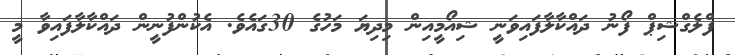
ފްލެގްޝިޕް ފޯނު ދައްކާލާފައިވަނީ ޝިއޯމީއިން މިދިޔަ މަހުގެ 30ގައެވެ. އެކުންފުނީން ދައްކާލާފައިވާ މީ